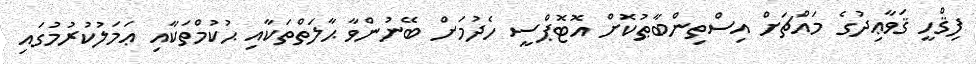
ފިޤްހީ ޤަވާޢިދުގެ މައްޗަށް އިސްތިންބާޠުކޮށް އޮޓޮޕްސީ ހެދުމަށް ބޭނުންވާ ޙާލަތްތަކާއި ޙުކުމްތަކާއި ޢަމަލުކުރުމުގައި